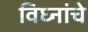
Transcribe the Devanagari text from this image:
विघ्नांचे